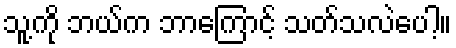
သူ့ကို ဘယ်က ဘာကြောင့် သတ်သလဲပေါ့။